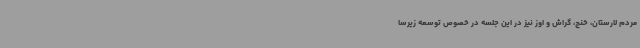
مردم لارستان، خنج، گراش و اوز نیز در این جلسه در خصوص توسعه زیرسا